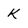
Character: k